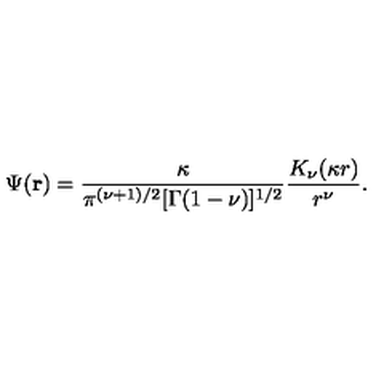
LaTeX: \Psi ( { \bf r } ) = \frac { \kappa } { \pi ^ { ( \nu + 1 ) / 2 } [ \Gamma ( 1 - \nu ) ] ^ { 1 / 2 } } \frac { K _ { \nu } ( \kappa r ) } { r ^ { \nu } } .